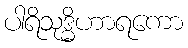
ပါရိသုဒ္ဓိဟာရကော